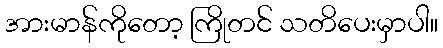
အားမာန်ကိုတော့ ကြိုတင် သတိပေးမှာပါ။